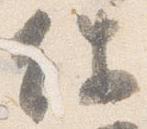
件